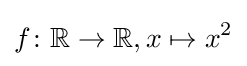
f\colon \mathbb {R} \rightarrow \mathbb {R} ,x\mapsto x^{2}